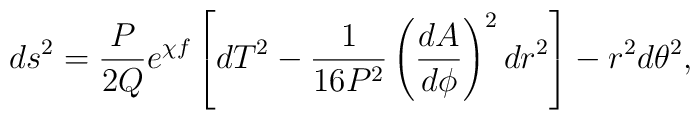
ds^2=\frac{P}{2Q}e^{\chi f}\left[dT^2-\frac{1}{16P^2}\left(\frac{dA}{d\phi} \right)^2 dr^2 \right]-r^2d\theta^2,